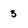
Character: 3